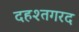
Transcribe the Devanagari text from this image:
दहश्तगरद